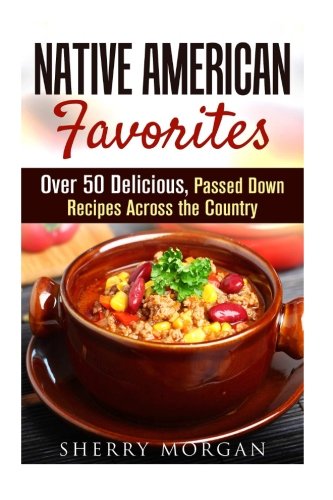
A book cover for Native American Favorites: Over 50 Delicious, Passed Down Recipes Across the Country (Farmhouse Foods); Sherry Morgan; Cookbooks, Food & Wine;